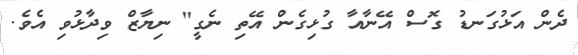
ދެން އަޅުގަނޑު ގޮސް އޭނާއާ ގުޅިގެން އޭތި ނެގީ" ނިޔާޒް ވިދާޅުވި އެވެ.